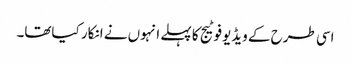
اسی طرح کے ویڈیوفوٹیج کا پہلے انہوں نے انکار کیاتھا۔